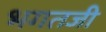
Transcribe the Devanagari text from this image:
भगतजी